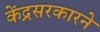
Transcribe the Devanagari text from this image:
केंद्रसरकारने